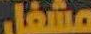
مشغل